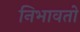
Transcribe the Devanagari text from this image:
निभावतो